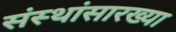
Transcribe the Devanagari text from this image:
संस्थांसारख्या